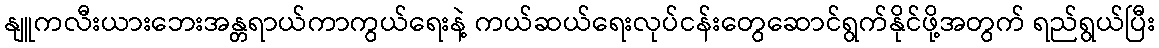
နျူကလီးယားဘေးအန္တရာယ်ကာကွယ်ရေးနဲ့ ကယ်ဆယ်ရေးလုပ်ငန်းတွေဆောင်ရွက်နိုင်ဖို့အတွက် ရည်ရွယ်ပြီး